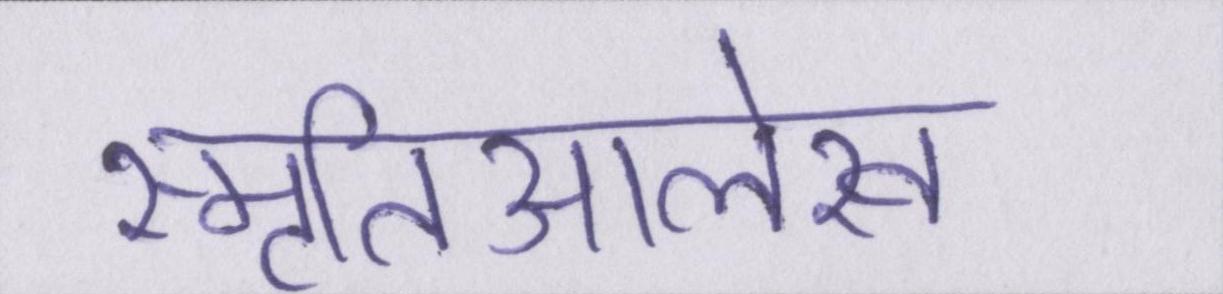
स्मृतिआलेख